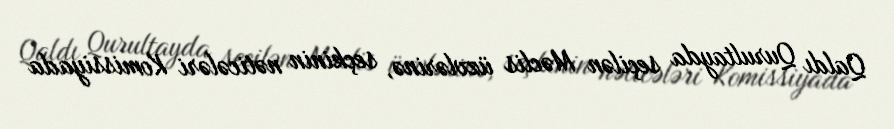
Qaldı Qurultayda seçilən Məclis üzvlərinə, seçkinin nəticələri Komissiyada